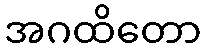
အဂထိတော